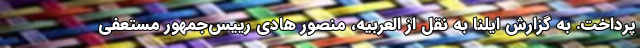
پرداخت. به گزارش ایلنا به نقل از العربیه، منصور هادی رییس‌جمهور مستعفی